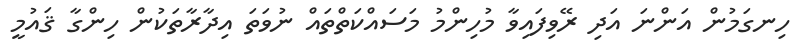
ހިނގަމުން އަންނަ އަދި ރޭވިފައިވާ މުހިންމު މަސައްކަތްތައް ނުވަތަ އިދާރާތަކުން ހިންގާ ޤައުމީ